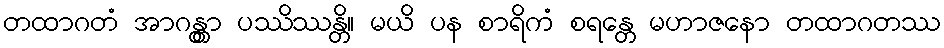
တထာဂတံ အာဂန္တွာ ပဿိဿန္တိ။ မယိ ပန စာရိကံ စရန္တေ မဟာဇနော တထာဂတဿ